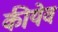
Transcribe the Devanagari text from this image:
कीयेव